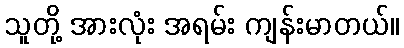
သူတို့ အားလုံး အရမ်း ကျန်းမာတယ်။